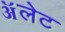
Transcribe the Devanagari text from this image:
ॲलेट